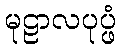
မုဠာလပုပ္ဖံ